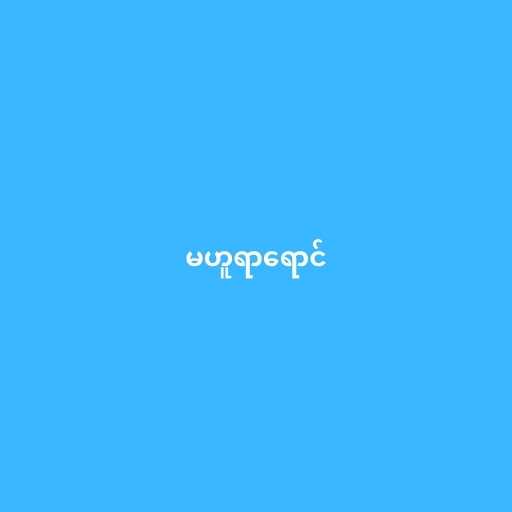
မဟူရာရောင်